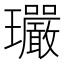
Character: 𤫠